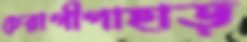
চেরাগীপাহাড়